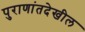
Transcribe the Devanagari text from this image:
पुराणांतदेखील